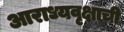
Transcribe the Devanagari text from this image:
आराध्यवृक्षाची